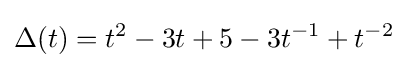
\Delta (t)=t^{2}-3t+5-3t^{-1}+t^{-2}